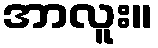
အာလူး။